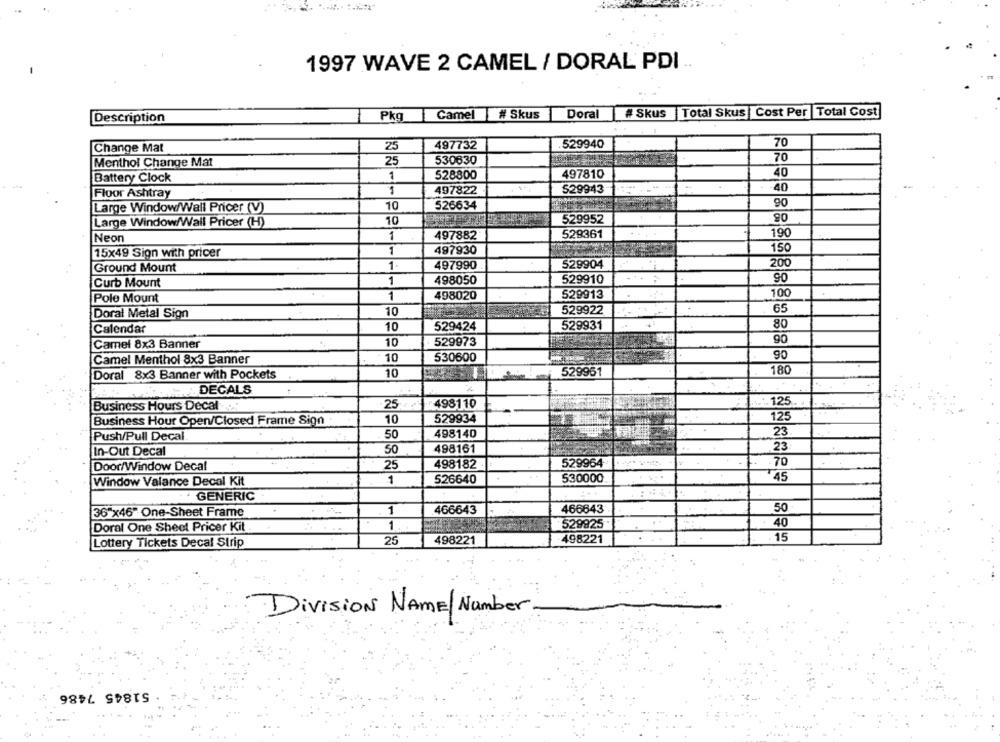
1997 WAVE 2 CAMEL / DORAL PDI
Description
Pkg
Camel # Skus
Doral # Skus |Total Skus Cost Per |Total Cost
70
Change Mat
25
497732
.529940
Menthol Change Mat
25
530630
70
Battery Clock
1
528800
497810
40
-
497822
529943
40
Floor Ashtray
10
526634
90
Large Window/Wall Pricer (V)
Large Window/Wall Pricer (H)
10
529952
90
1
497882
528361
190
Neon
15x49 Sign with pricer
1
497930
150
Ground Mount
1.
497990
529904
200
Curb Mount
1
498050
529910
90
1
498020
529913
100
Pole Mount
10
529922
65
Doral Metal Sign
529424
529931
80
Calendar
10
10
529973
90
Camel 8x3 Banner
90
Camel Menthol 8x3 Banner
10
530600
180
Doral 8x3 Banner with Pockets
10
529961
.DECALS
-125
Business Hours Decal
25
498110
Business Hour Open/Closed Frame Sign
10
529934
125
Push/Pull Decal
50
498140
23
In-Out Decal
50
498161
23
Door/Window Decal
25
498182
529964
70
Window Valance Decal Kit
1
526640
530000
45
GENERIC
36"x46" One-Sheet Frame
1
466643
466843
50
Doral One Sheet Pricer Kit
1
529925
40
25
498221
498221
15
Lottery Tickets Decal Strip
Division NAME/Number.
51845 7486